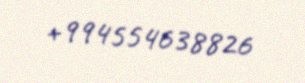
+994554638826